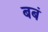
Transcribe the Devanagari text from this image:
बबं